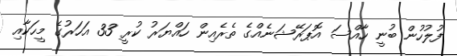
ފުލުހުން ބުނީ ހާއްސަ އޮޕަރޭޝަނެއްގެ ތެރެއިން ހައްޔަރު ކުރީ 33 އަހަރުގެ މީހަކާއި